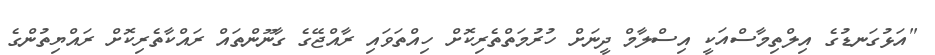
"އަޅުގަނޑުގެ އިލްތިމާސްއަކީ އިސްލާމް ދީނަށް ހުރުމަތްތެރިކޮށް ހިއްތަވައި ރާއްޖޭގެ ގާނޫންތައް ރައްކާތެރިކޮށް ރައްޔިތުންގެ